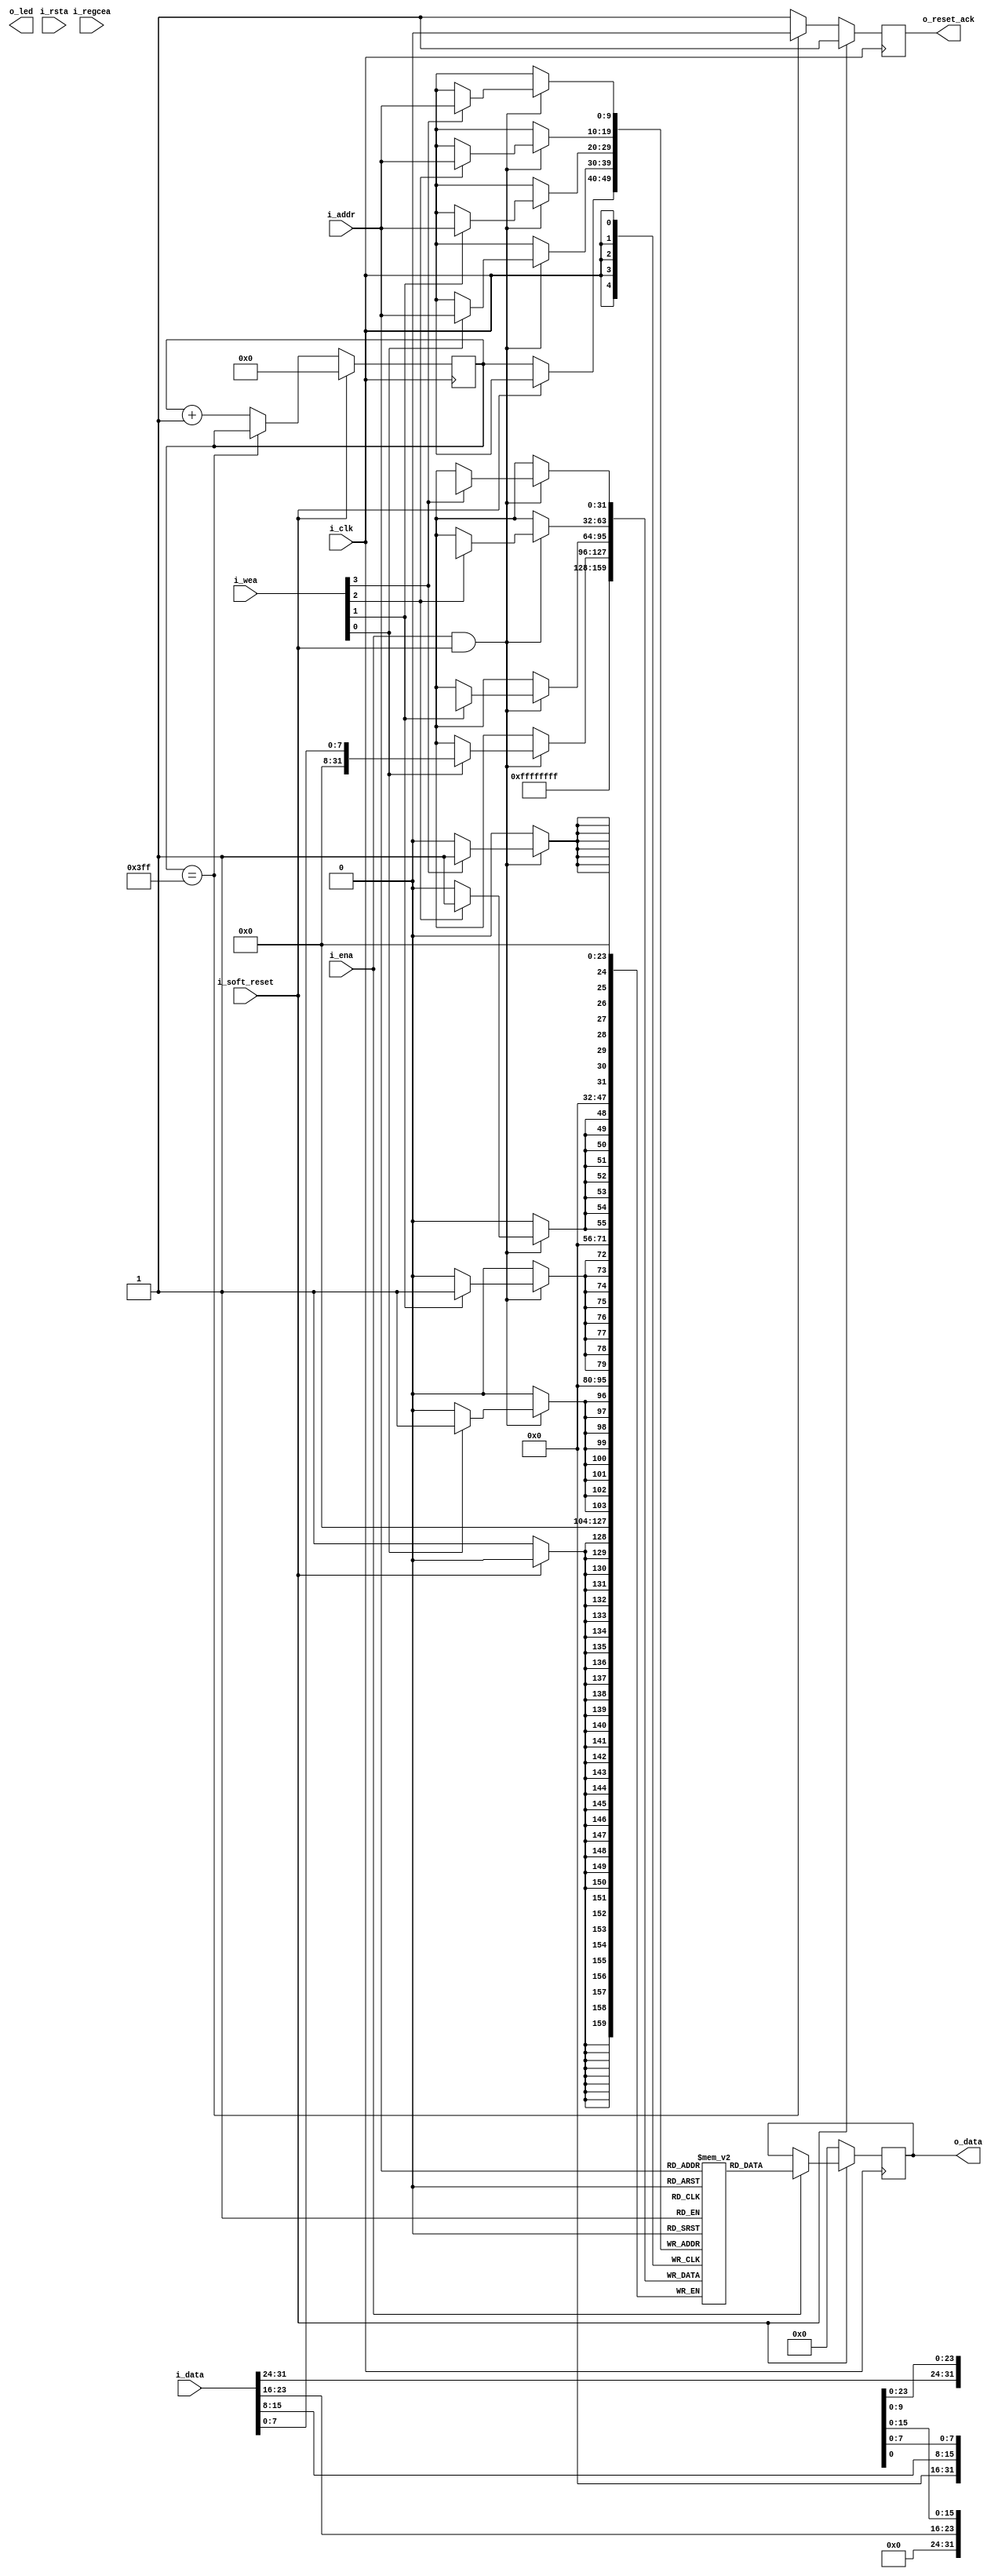
`timescale 1ns / 1ps

//////////////////////////////////////////////////////////////////////////////////////////////////
// Trabajo Practico Nro. 4. MIPS.
// Memoria de programa.
// Integrantes: Kleiner Matias, Lopez Gaston.
// Materia: Arquitectura de Computadoras.
// FCEFyN. UNC.
// Anio 2018.
//////////////////////////////////////////////////////////////////////////////////////////////////



//  Xilinx Single Port Byte-Write Read First RAM
//  This code implements a parameterizable single-port byte-write read-first memory where when data
//  is written to the memory, the output reflects the prior contents of the memory location.
//  If a reset or enable is not necessary, it may be tied off or removed from the code.
//  Modify the parameters for the desired RAM characteristics.
module memoria_programa
    #(
    parameter NB_COL = 4,                           // Specify number of columns (number of bytes)
    parameter COL_WIDTH = 8,                        // Specify column width (byte width, typically 8 or 9)
    parameter RAM_DEPTH = 1024,                     // Specify RAM depth (number of entries)
    parameter RAM_PERFORMANCE = "LOW_LATENCY",      // Select "HIGH_PERFORMANCE" or "LOW_LATENCY" 
    parameter INIT_FILE = ""                        // Specify name/location of RAM initialization file if using one (leave blank if not)
    )
    (
    input [clogb2 (RAM_DEPTH - 1) - 1 : 0] i_addr,  // Address bus, width determined from RAM_DEPTH
    input [(NB_COL * COL_WIDTH) - 1 : 0] i_data,    // RAM input data
    input i_clk,                                    // Clock
    input [NB_COL - 1 : 0] i_wea,                   // Byte-write enable
    input i_ena,                                    // RAM Enable, for additional power savings, disable port when not in use
    input i_rsta,                                   // Output reset (does not affect memory contents)
    input i_regcea,                                 // Output register enable
    input i_soft_reset,
    output reg o_reset_ack,
    output [(NB_COL * COL_WIDTH) - 1 : 0] o_data,    // RAM output data
    output reg o_led
    );
    
  
  
    
  
  
  
  
  
  reg [(NB_COL *COL_WIDTH) -1 : 0] BRAM [RAM_DEPTH - 1 : 0];
  reg [(NB_COL *COL_WIDTH) -1 : 0] ram_data = {(NB_COL * COL_WIDTH){1'b0}};
  reg [clogb2 (RAM_DEPTH - 1) - 1 : 0] reg_contador;
  
  
  // The following code either initializes the memory values to a specified file or to all zeros to match hardware
  generate
    if (INIT_FILE != "") begin: use_init_file
      initial
         $readmemh(INIT_FILE, BRAM, 0, RAM_DEPTH - 1);
    end else begin: init_bram_to_zero
      integer ram_index;
      initial
        for (ram_index = 0; ram_index < RAM_DEPTH; ram_index = ram_index + 1)
           BRAM[ram_index] = {(COL_WIDTH * NB_COL) {1'b1}};
    end
  endgenerate

  always @(posedge i_clk) begin
    if (~i_soft_reset) begin // Reset de memoria.
          BRAM [reg_contador] <= {(COL_WIDTH * NB_COL) {1'b1}};
          ram_data <= 0;
          if (reg_contador == (RAM_DEPTH - 1)) begin
            reg_contador <= reg_contador;
            o_reset_ack <= 0;
          end
          else begin
            reg_contador <= reg_contador + 1;
            o_reset_ack <= 1;
          end
    end
    else begin
            reg_contador <= 0;
            o_reset_ack <= 1;
            
            if (i_ena) begin
                ram_data <= BRAM[i_addr];
            end
            else begin
                ram_data <= ram_data;
            end
    end
  end

  generate
  genvar i;
     for (i = 0; i < NB_COL; i = i+1) begin: byte_write
       always @(posedge i_clk)
            if (i_ena && i_soft_reset) // Habilitada y sin reset.
                if (i_wea[i])
                    BRAM[i_addr][(i+1)*COL_WIDTH-1:i*COL_WIDTH] <= i_data[(i+1)*COL_WIDTH-1:i*COL_WIDTH];
      end
  endgenerate

  //  The following code generates HIGH_PERFORMANCE (use output register) or LOW_LATENCY (no output register)
  generate
    if (RAM_PERFORMANCE == "LOW_LATENCY") begin: no_output_register

      // The following is a 1 clock cycle read latency at the cost of a longer clock-to-out timing
       assign o_data = ram_data;

    end else begin: output_register

      // The following is a 2 clock cycle read latency with improve clock-to-out timing

      reg [(NB_COL*COL_WIDTH)-1:0] o_data_reg = {(NB_COL*COL_WIDTH){1'b1}};

      always @(posedge i_clk)
        if (i_rsta)
          o_data_reg <= {(NB_COL*COL_WIDTH){1'b1}};
        else if (i_regcea)
          o_data_reg <= ram_data;

      assign o_data = o_data_reg;

    end
  endgenerate

  //  The following function calculates the address width based on specified RAM depth
  function integer clogb2;
    input integer depth;
      for (clogb2=0; depth>0; clogb2=clogb2+1)
        depth = depth >> 1;
  endfunction




endmodule